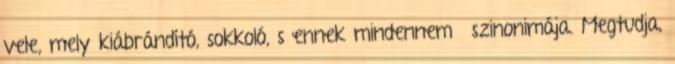
vele, mely kiábrándító, sokkoló, s ennek mindennemű szinonimája. Megtudja,